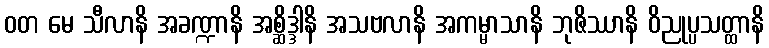
ဝတ မေ သီလာနိ အခဏ္ဍာနိ အစ္ဆိဒ္ဒါနိ အသဗလာနိ အကမ္မာသာနိ ဘုဇိဿာနိ ဝိညုပ္ပသတ္ထာနိ